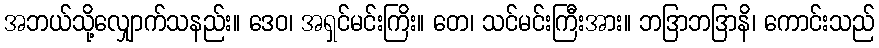
အဘယ်သို့လျှောက်သနည်း။ ဒေဝ၊ အရှင်မင်းကြိး။ တေ၊ သင်မင်းကြီးအား။ ဘဒြာဘဒြာနိ၊ ကောင်းသည်